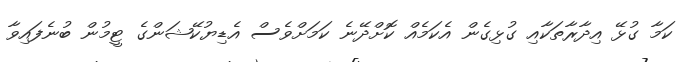
ކަމާ ގުޅޭ އިދާރާތަކާއި ގުޅިގެން އެކަމެއް ކޮށްދޭނެ ކަމަށްވެސް އެޑިޔުކޭޝަންގެ ޓީމުން ބުނެފައިވާ